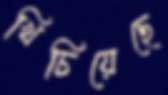
খিচিয়েছে